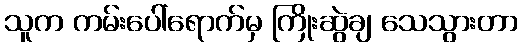
သူက ကမ်းပေါ်ရောက်မှ ကြိုးဆွဲချ သေသွားတာ